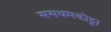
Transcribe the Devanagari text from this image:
ससथमकोट्टा